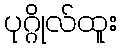
ပုဂ္ဂိုလ်ထူး